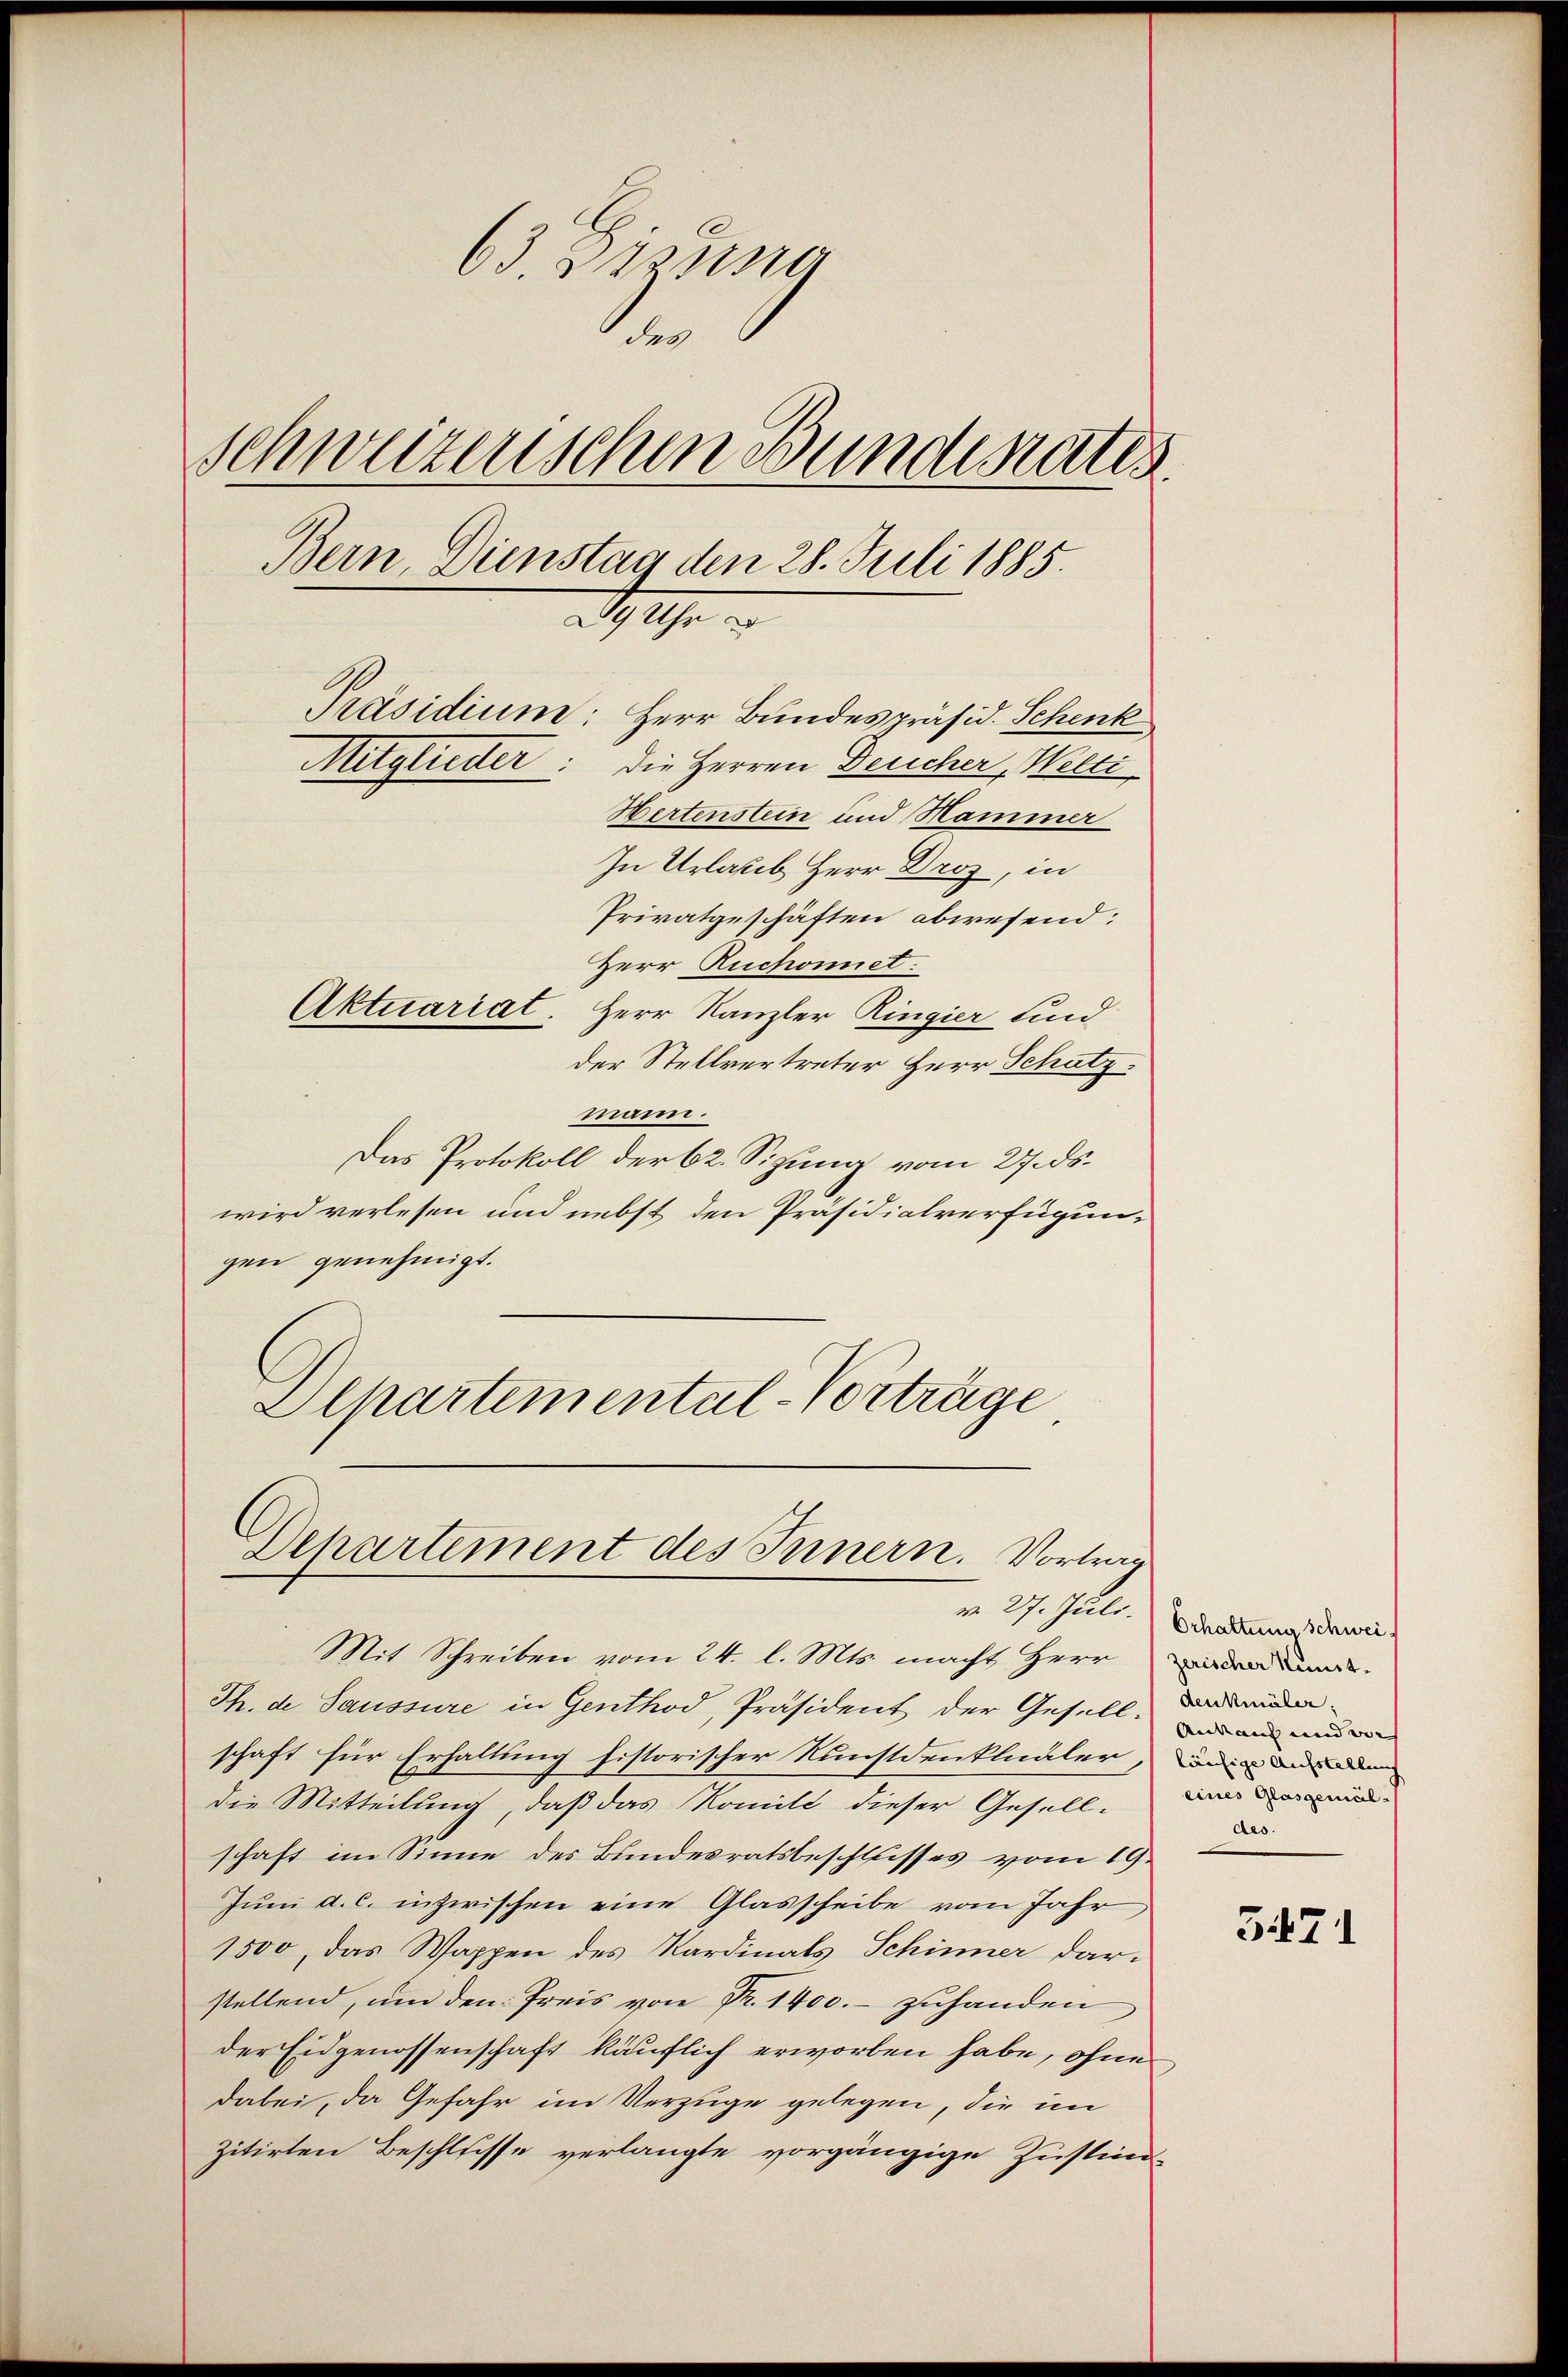
63. § 221110
e
schweizenschen Bundesrates.
Bern, Dienstag den 28. Juli 1885.
29 Uhr u
Präsidium: Herr Bundespräsid. Schenk
Mitglieder: die Herren Deucher, Welti
Hertenstein und Hammer
In Urlaub Herr Droz, in

Privatgeschäften abwesend:
Herr Ruchonet.
Aktuariat. Herr Kanzler Ringier und
der Stellvertreter Herr Schatz.
mann.
Das Protokoll der 62. Sizung vom 27. ds.
wird verlesen und nebst den Präsidialverfügungen genehmigt.
Departemental-Vorträge

Dehartement des Innern. Vortrag
m. 27. Juli.

Mit Schreiben vom 24. l. Mts. macht Herr den
Th. de Saussure in Genthod, Präsident der Gesellschaft für Erhaltung historischer Kunstdenklualer, wie aus de
die Mitteilung, daß das Komili dieser Gesell-
schaft im Sinne des Bundesratsbeschlusses vom 19.
Juni d. c. inzwischen eine Glasscheibe vom Jahr
1500, das Wappen des Kardinals Schinner dar-
stellend, um den Preis von Fr. 1400.- zuhanden
der Eidgenossenschaft käuflich erworben habe, ohne
dabei, da Gefahr im Verzüge gelegen, die im
zitirten Beschlusse verlangte vorgängige Zustim-

Erhaltung schweidenkmäler,
Ankauf und die
eines Glasgemäsdes.

3471